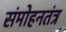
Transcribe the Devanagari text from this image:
संमोहनतंत्र